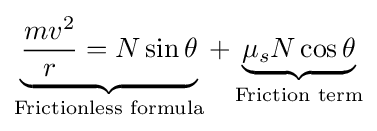
\underbrace {{mv^{2} \over r}=N\sin \theta } _{\text{Frictionless formula}}+\underbrace {\mu _{s}N\cos \theta } _{\text{Friction term}}